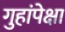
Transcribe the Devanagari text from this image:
गुहांपेक्षा